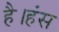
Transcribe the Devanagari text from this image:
है।हंस